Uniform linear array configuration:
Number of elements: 16
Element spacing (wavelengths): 1
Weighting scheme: hamming
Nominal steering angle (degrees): -30
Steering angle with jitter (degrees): -29.617
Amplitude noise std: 0.05
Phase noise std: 0.05

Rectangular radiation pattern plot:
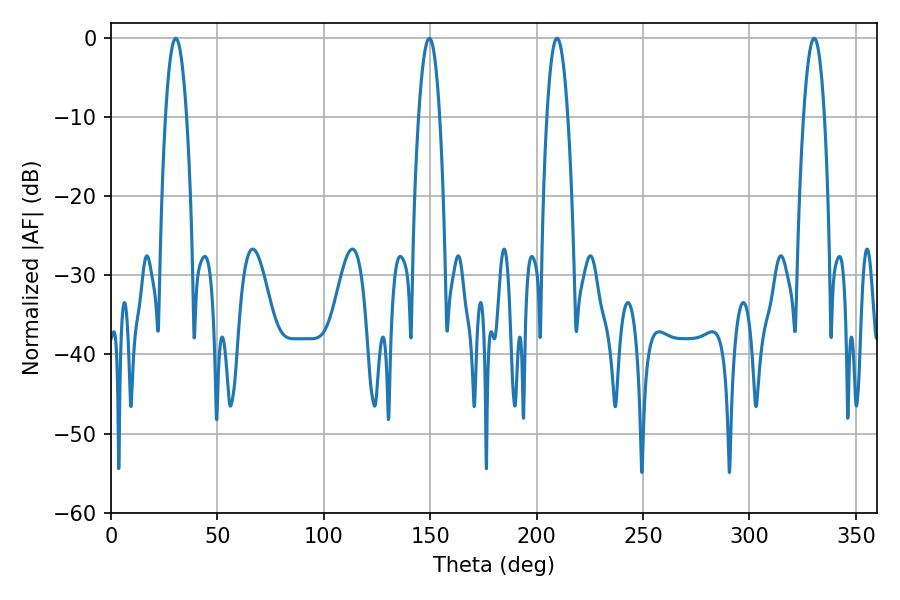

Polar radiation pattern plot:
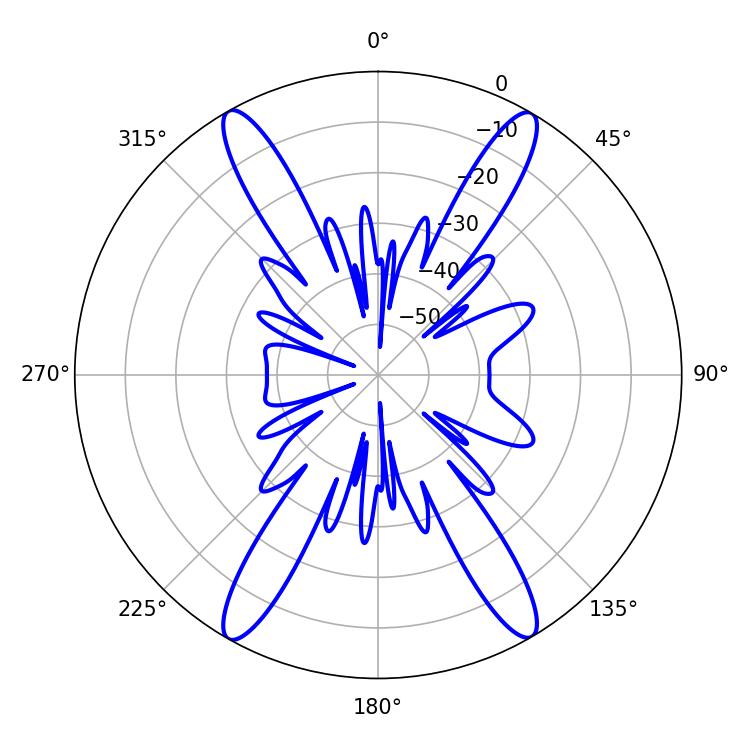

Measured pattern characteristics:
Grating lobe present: TRUE
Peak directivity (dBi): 27.075
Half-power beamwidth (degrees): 5.4
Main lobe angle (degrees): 30.42